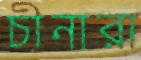
চীনারা